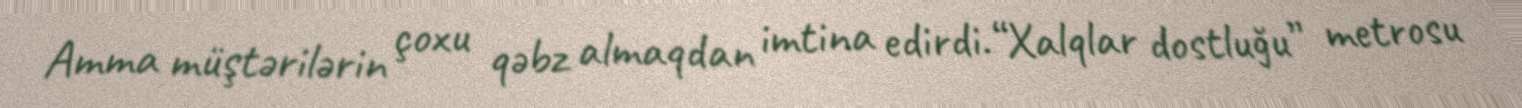
Amma müştərilərin çoxu qəbz almaqdan imtina edirdi.“Xalqlar dostluğu” metrosu